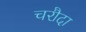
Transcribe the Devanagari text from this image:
चरौदा